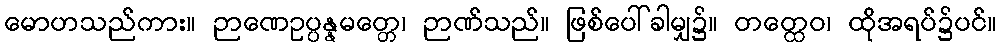
မောဟသည်ကား။ ဉာဏေဥပ္ပန္နမတ္တေ၊ ဉာဏ်သည်။ ဖြစ်ပေါ်ခါမျှ၌။ တတ္ထေဝ၊ ထိုအရပ်၌ပင်။